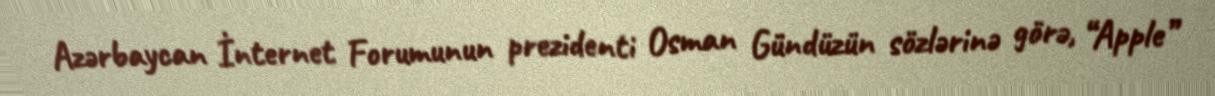
Azərbaycan İnternet Forumunun prezidenti Osman Gündüzün sözlərinə görə, “Apple”